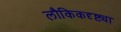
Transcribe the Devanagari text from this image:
लौकिकदृष्ट्या